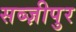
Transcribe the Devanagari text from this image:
सब्ज़ीपुर